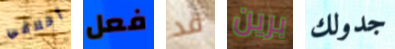
أخلاقي فعل قد برين جدولك